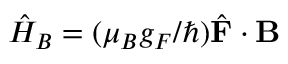
\hat { H } _ { B } = ( \mu _ { B } g _ { F } / \hbar ) \hat { \mathbf { F } } \cdot \mathbf { B }